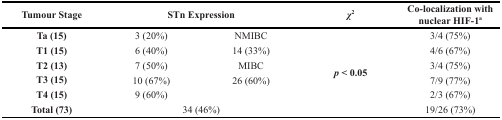
<table><thead><tr><td><b>Tumour Stage</b></td><td colspan="2"><b>STn Expression</b></td><td><b><i>χ</i><sup>2</sup></b></td><td><b>Co-localization with nuclear HIF-1<sup>a</sup></b></td></tr></thead><tbody><tr><td><b>Ta (15)</b></td><td>3 (20%)</td><td>NMIBC</td><td rowspan="6"><b><i>p</i> &lt; 0.05</b></td><td>3/4 (75%)</td></tr><tr><td><b>T1 (15)</b></td><td>6 (40%)</td><td>14 (33%)</td><td>4/6 (67%)</td></tr><tr><td><b>T2 (13)</b></td><td>7 (50%)</td><td>MIBC</td><td>3/4 (75%)</td></tr><tr><td><b>T3 (15)</b></td><td>10 (67%)</td><td>26 (60%)</td><td>7/9 (77%)</td></tr><tr><td><b>T4 (15)</b></td><td>9 (60%)</td><td></td><td>2/3 (67%)</td></tr><tr><td><b>Total (73)</b></td><td colspan="2">34 (46%)</td><td>19/26 (73%)</td></tr></tbody></table>